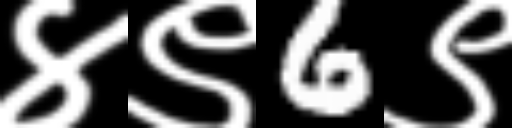
Text: ४९6९